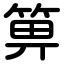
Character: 箅